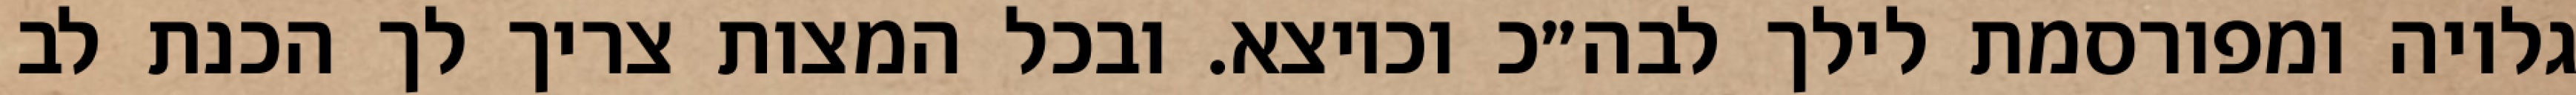
גלויה ומפורסמת לילך לבה״כ וכיוצא. ובכל המצות צריך לך הכנת לב